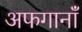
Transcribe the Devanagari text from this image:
अफगानाँं